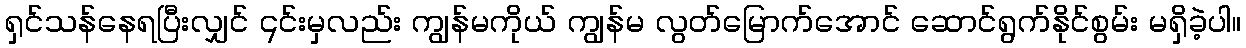
ရှင်သန်နေရပြီးလျှင် ၎င်းမှလည်း ကျွန်မကိုယ် ကျွန်မ လွတ်မြောက်အောင် ဆောင်ရွက်နိုင်စွမ်း မရှိခဲ့ပါ။